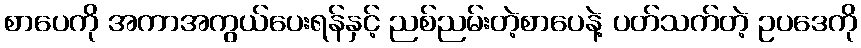
စာပေကို အကာအကွယ်ပေးရန်နှင့် ညစ်ညမ်းတဲ့စာပေနဲ့ ပတ်သက်တဲ့ ဥပဒေကို